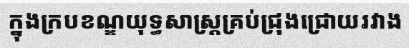
ក្នុងក្របខណ្ឌយុទ្ធសាស្ត្រគ្រប់ជ្រុងជ្រោយរវាង